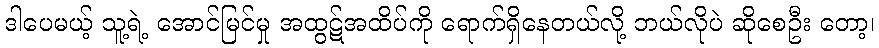
ဒါပေမယ့် သူ့ရဲ့ အောင်မြင်မှု အထွဋ်အထိပ်ကို ရောက်ရှိနေတယ်လို့ ဘယ်လိုပဲ ဆိုစေဦး တော့၊